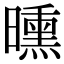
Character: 曛